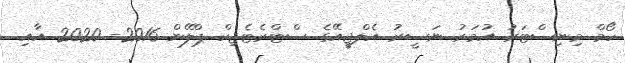
ހޯމް މިނިސްޓަރު އުމަރު ނަސީރު އެލްޖީއޭގެ ސްޓްރެޓެޖިކް ޕްލޭން 2016- 2020 އާއި